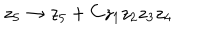
LaTeX: z _ { 5 } \to z _ { 5 } + C z _ { 1 } z _ { 2 } z _ { 3 } z _ { 4 }